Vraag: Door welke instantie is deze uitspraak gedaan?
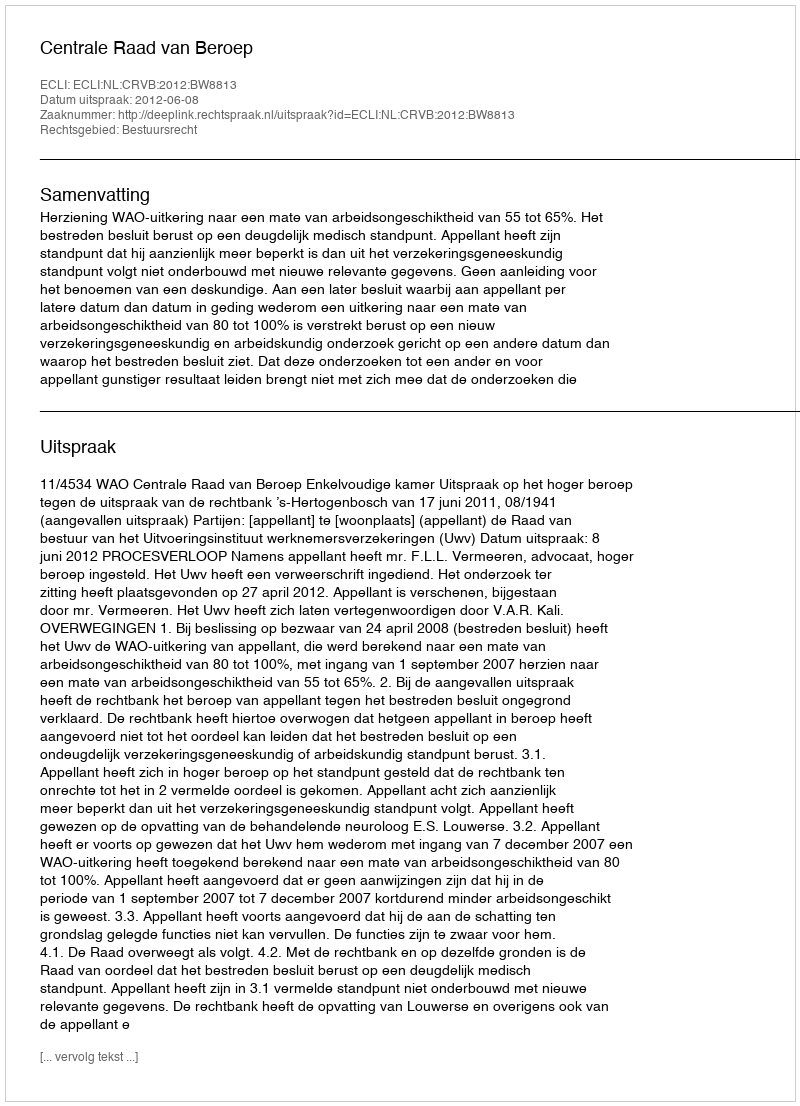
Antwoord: Centrale Raad van Beroep